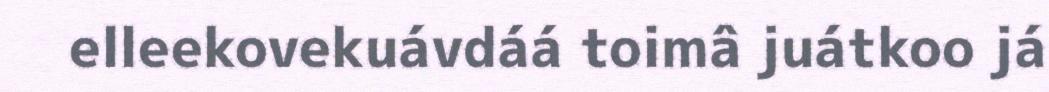
elleekovekuávdáá toimâ juátkoo já